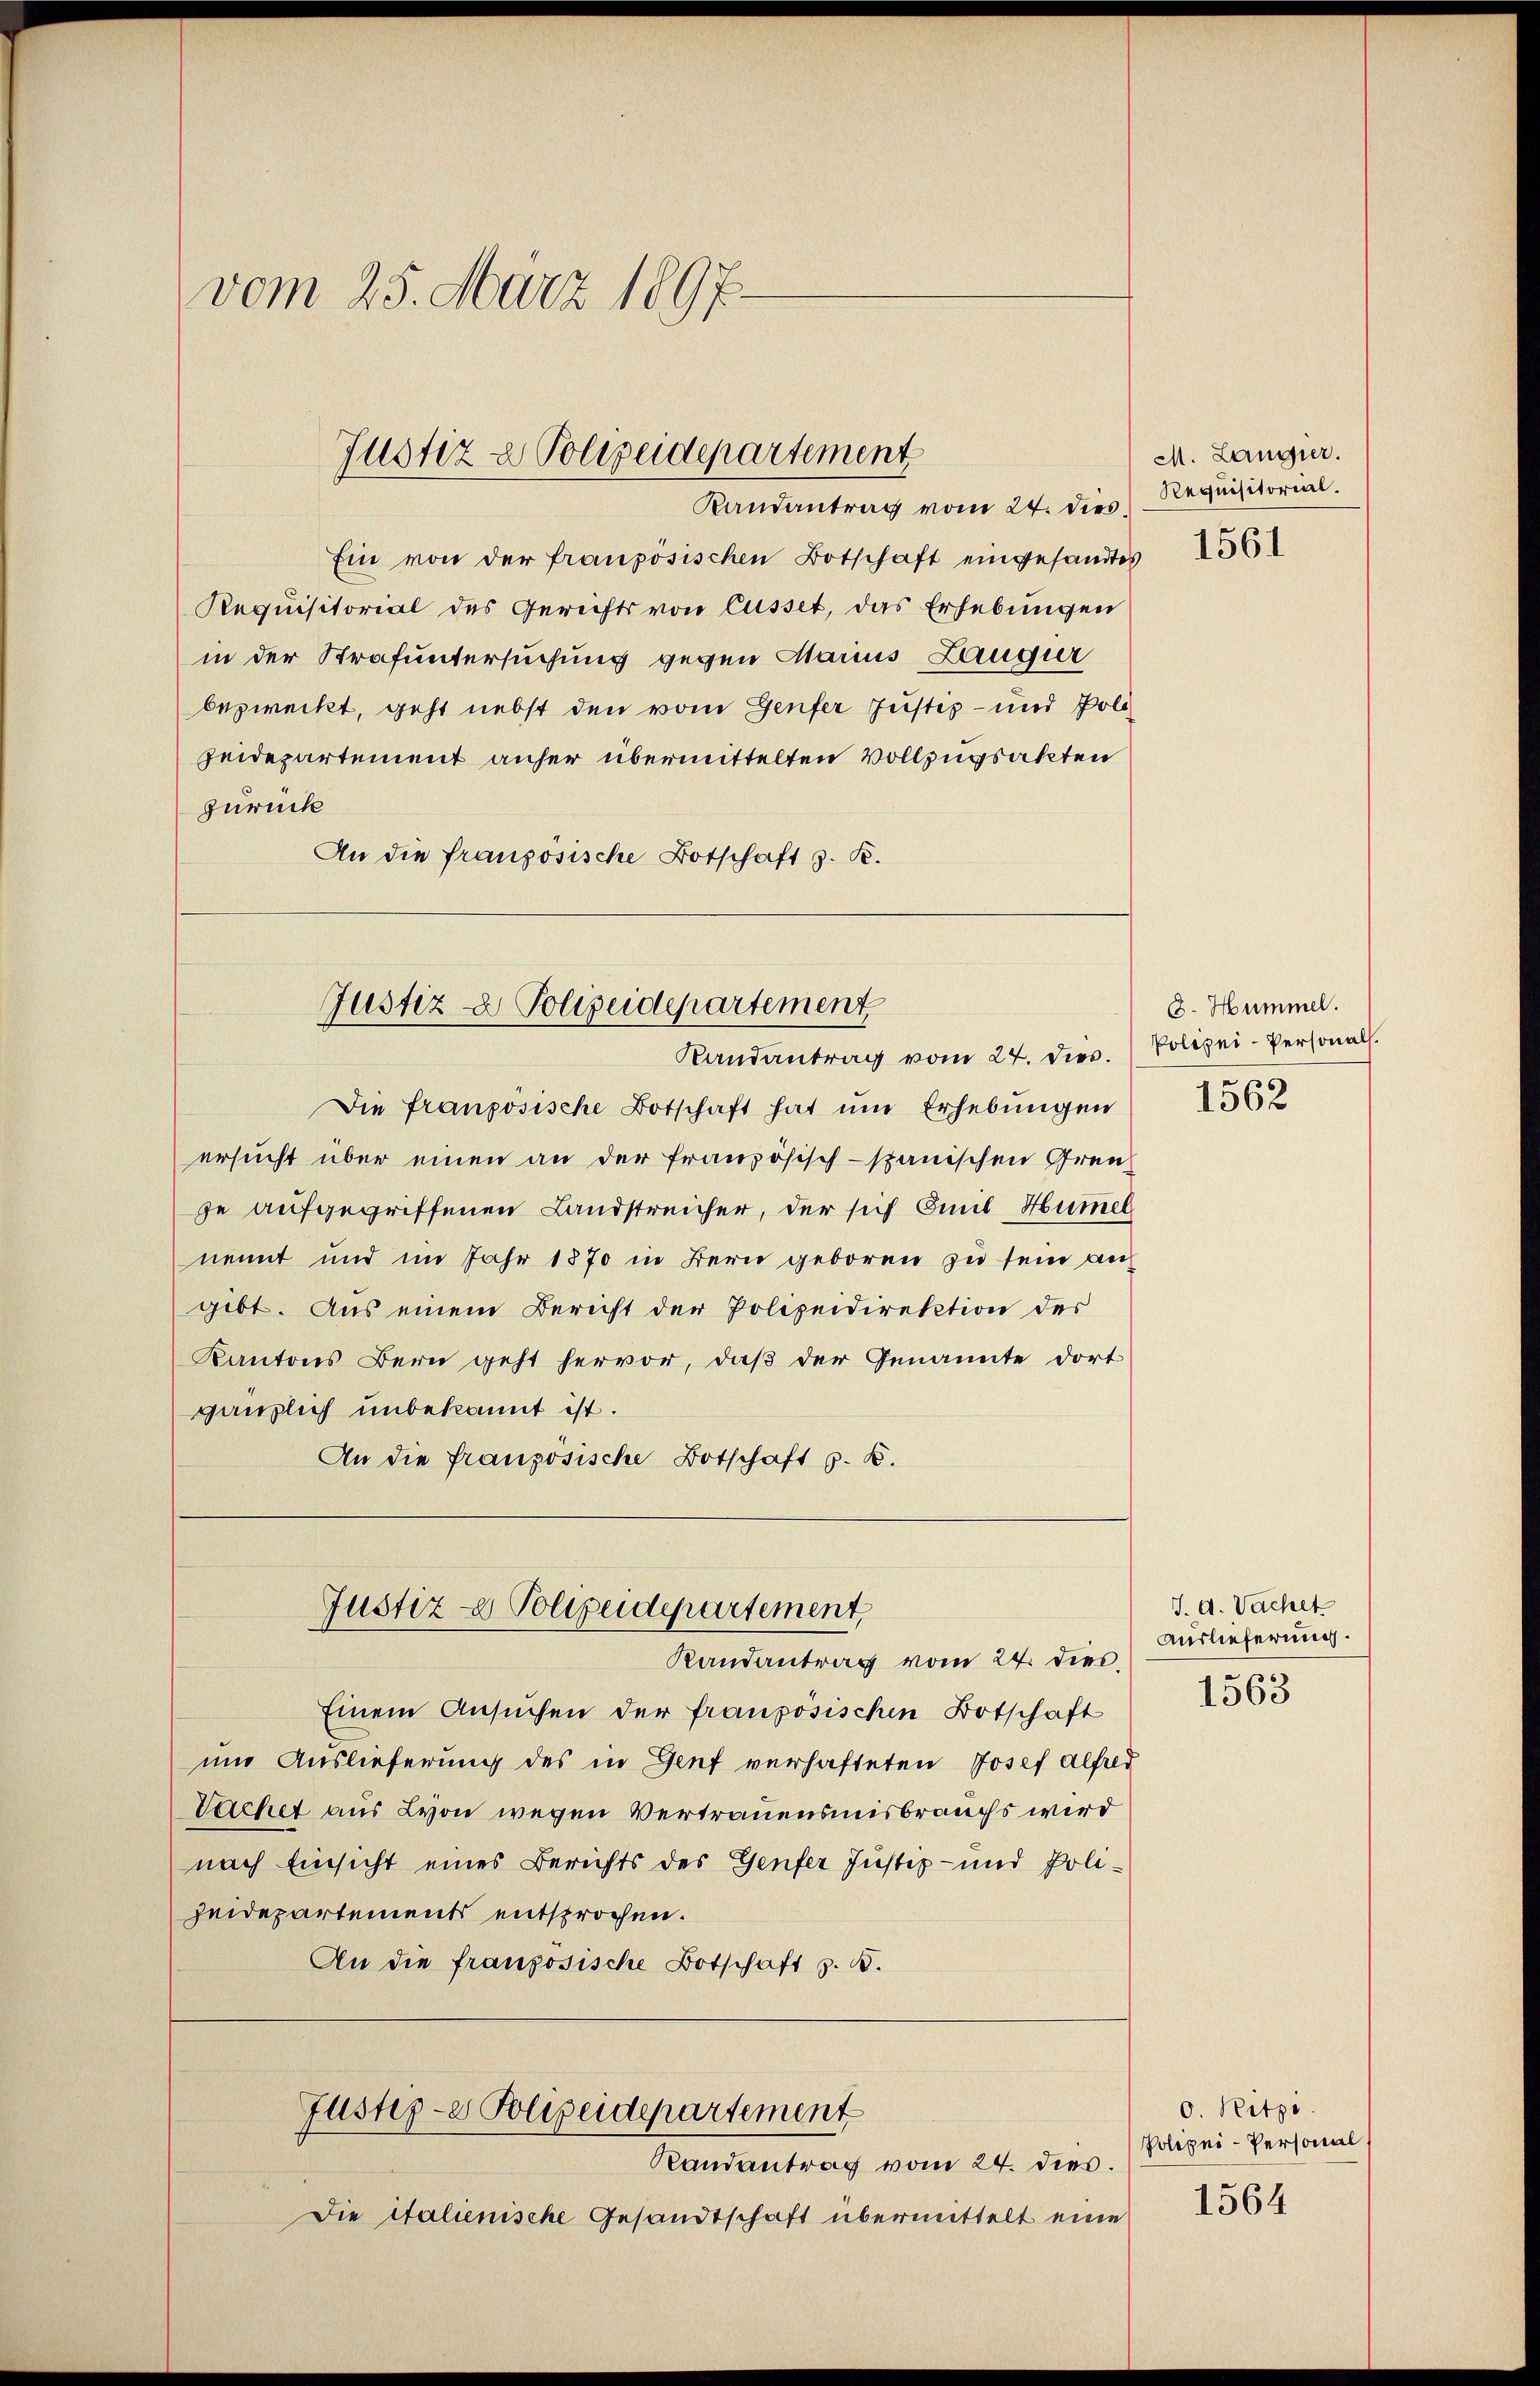
Ein von der französischen Botschaft eingesandtes 256
Requisitorial des Gerichts von Casset, das Erhebungen
in der Strafuntersuchung gegen Marius Laugur
bezweckt, geht nebst den vom Genfer Justiz- und Polizeidepartement anher übermittelten Vollzugsakten
zurück
An die französische Botschaft z. R.

vom 25. März 1897.

Justiz & Polizeidepartement
Randantrag vom 24. dies

Justiz & Polizeidepartement
Randantrag vom 24. die. Polizei-Personal.

Justiz- & Polizeidepartement
Randantrag vom 24. dies

Justiz- & Polizeidepartement

Die französische Botschaft hat um Erhebungen
ersucht über einen an der französisch-spanischen Grenge aufgegriffenen Landstreicher, der sich mit Hummel
nennt und im Jahr 1870 in Bern geboren zu sein angibt. Aus einem Bericht der Polizeidirektion des
Kantons Bern geht hervor, daß der Genannte dort
gänzlich unbekannt ist.
An die französische Botschaft z. B.

Einem Ansuchen der französischen Botschaft
und Auslieferung des in Genf verhafteten Josef Alfred
Vachet aus Lyon wegen Vertrauensmisbrauchs wird
nach Einsicht eines Berichts des Genfer Justiz- und Poli¬
Heidepartements entsprochen.
An die französische Botschaft z. B.

Randantrag vom 24. dies.
Die italienische Gesandtschaft übermittelt eine

M. Langier.
Requisitorial.

8. Hummel.
1562

J. A. Wachet
Auslieferung.
1563

0. Ritze.
Polizei-Personal

1564